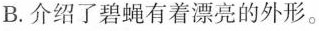
B. 介绍了碧捉有着漂亮的外形。